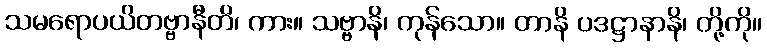
သမရောပယိတဗ္ဗာနီတိ၊ ကား။ သဗ္ဗာနိ၊ ကုန်သော။ တာနိ ပဒဋ္ဌာနာနိ၊ တို့ကို။